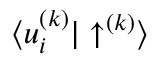
{ \langle u _ { i } ^ { ( k ) } | \uparrow ^ { ( k ) } \rangle }